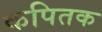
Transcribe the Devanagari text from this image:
कपितक